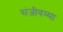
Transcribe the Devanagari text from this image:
संजीवम्मा